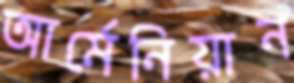
আর্মেনিয়ান